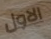
الاول